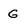
Character: G